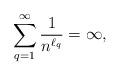
LaTeX: \begin{align*}\sum_{q=1}^{\infty}\frac{1}{n^{\ell_q}}= \infty,\end{align*}